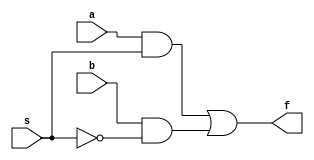
module mux2to1_gate (a,b,s,f);
input a,b,s;
output f;
wire c,d,e;
not n1(e,s);// e=~s
and a1(c,a,s);
and a2(d,b,e);
or o1(f,c,d);
endmodule


module testbench;
reg a,b,s;
wire f;
mux2to1_gate mux_gate (a,b,s,f);
initial
begin
	$monitor(,$time," a=%b, b=%b, s=%b f=%b",a,b,s,f);
	#0 a=1'b0;b=1'b1;
	#2 s=1'b1;
	#5 s=1'b0;
	#10 a=1'b1;b=1'b0;
	#15 s=1'b1;
	#20 s=1'b0;
	#100 $finish;
end
endmodule